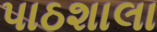
પાઠશાલા